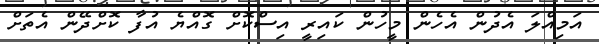
އަމިއްލަ އެދުން އެހެން މީހުން ކައިރީ އިސްކޮށް ގޮއްޔެ އުފާ ކޮށްދޭން އެތަށް